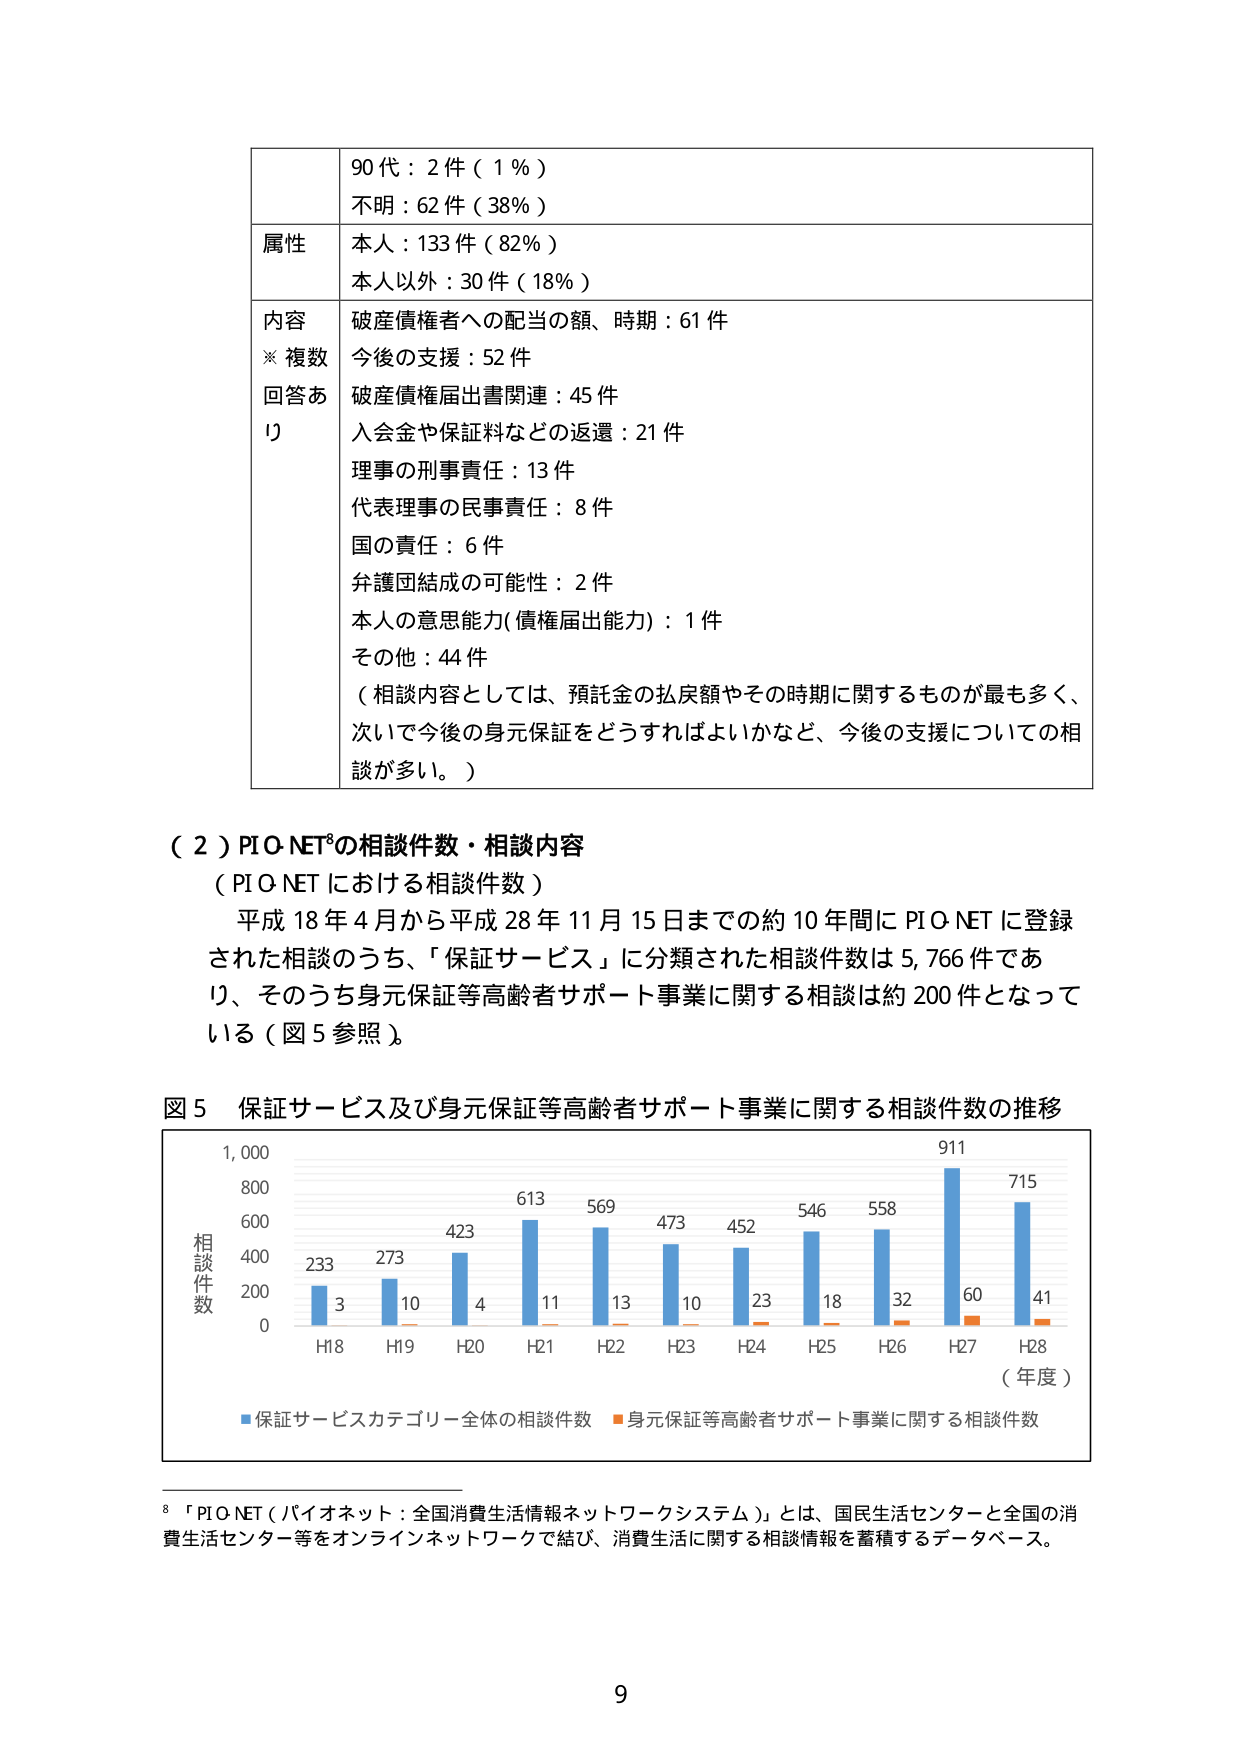
90代：2件（1％）
不明：62件（38％）
属性
本人：133件（82％）
本人以外：30件（18％）
内容
※複数
回答あり
破産債権者への配当の額、時期：61件
今後の支援：52件
破産債権届出書関連：45件
入会金や保証料などの返還：21件
理事の刑事責任：13件
代表理事の民事責任：8件
国の責任：6件
弁護団結成の可能性：2件
本人の意思能力（債権届出能力）：1件
その他：44件
（相談内容としては、預託金の払戻額やその時期に関するものが最も多く、次いで今後の身元保証をどうすればよいかなど、今後の支援についての相談が多い。）

（２）PIQ-NET⁸の相談件数・相談内容
（PIQ-NETにおける相談件数）
平成18年4月から平成28年11月15日までの約10年間にPIQ-NETに登録された相談のうち、「保証サービス」に分類された相談件数は5,766件であり、そのうち身元保証等高齢者サポート事業に関する相談は約200件となっている（図5参照）。

図5 保証サービス及び身元保証等高齢者サポート事業に関する相談件数の推移
（年度）
H18 H19 H20 H21 H22 H23 H24 H25 H26 H27 H28
相談件数
233 273 423 613 569 473 452 546 558 911 715
3 10 4 11 13 10 23 18 32 60 41
■保証サービスカテゴリー全体の相談件数 ■身元保証等高齢者サポート事業に関する相談件数

⁸「PIQ-NET（パイオネット：全国消費生活情報ネットワークシステム）」とは、国民生活センターと全国の消費生活センター等をオンラインネットワークで結び、消費生活に関する相談情報を蓄積するデータベース。

9